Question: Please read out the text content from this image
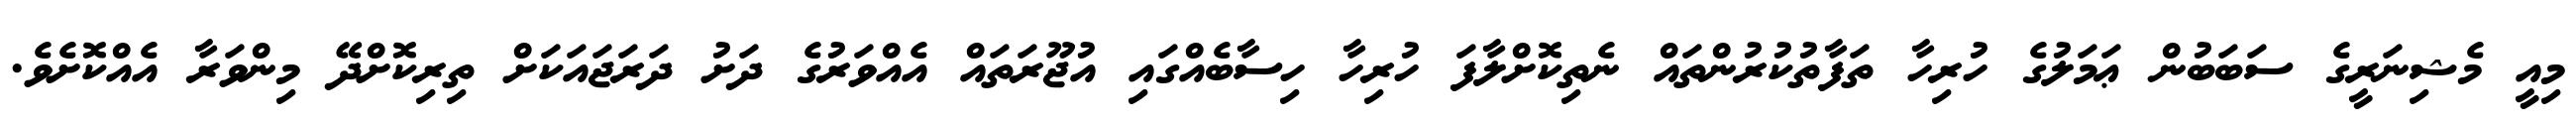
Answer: މިއީ މެޝިނަރީގެ ސަބަބުން ޢަމަލުގެ ހުރިހާ ތަފާތުކުރުންތައް ނެތިކޮށްލާފަ ހުރިހާ ހިސާބެއްގައި އުޖޫރަތައް އެއްވަރުގެ ދަށު ދަރަޖައަކަށް ތިރިކޮށްދޭ މިންވަރާ އެއްކޮށެވެ.